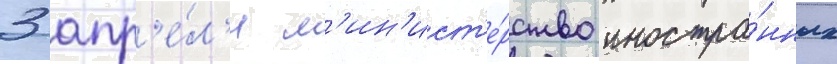
3 апр'е́л'я м'ин'ист'е́рство иностра́нных